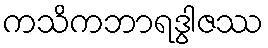
ကသိကဘာရဒွါဇဿ